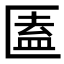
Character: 𠥕